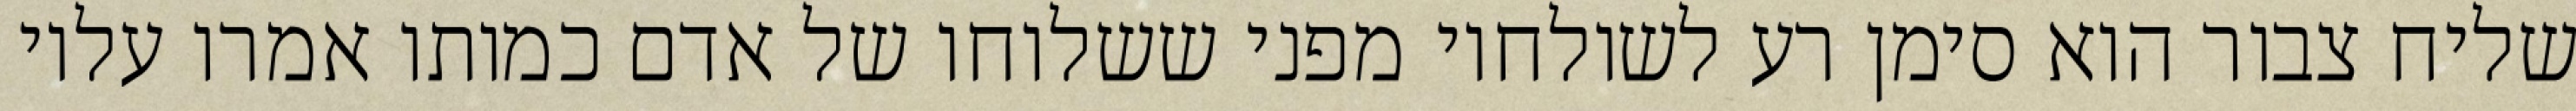
שליח צבור הוא סימן רע לשולחיו מפני ששלוחו של אדם כמותו אמרו עליו